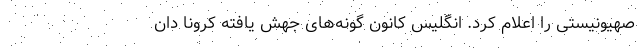
صهیونیستی را اعلام کرد. انگلیس کانون گونه‌های جهش یافته کرونا دان